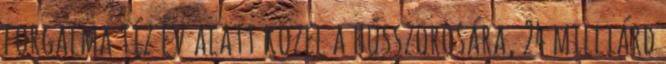
forgalma tíz év alatt közel a hússzorosára, 24 milliárd